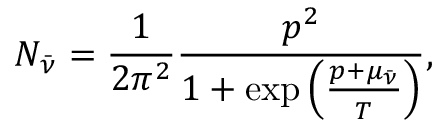
N _ { \bar { \nu } } = \frac { 1 } { 2 \pi ^ { 2 } } \frac { p ^ { 2 } } { 1 + \exp { \left( \frac { p + \mu _ { \bar { \nu } } } { T } \right) } } ,